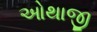
ઓથાજી